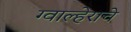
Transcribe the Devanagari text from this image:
ग्वाल्हेराचे